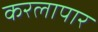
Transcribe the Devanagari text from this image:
करलापार